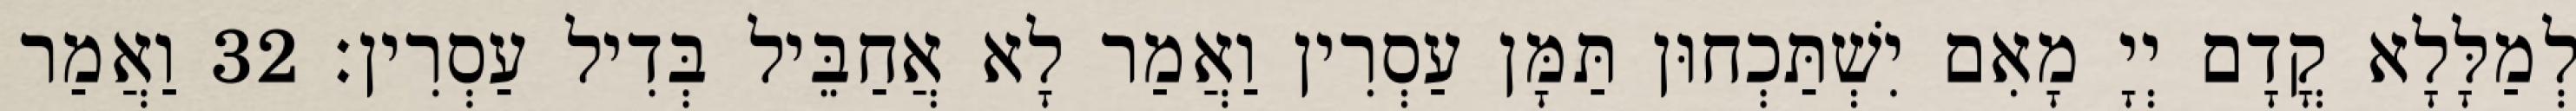
לְמַלָּלָא קֳדָם יְיָ מָאִם יִשְׁתַּכְחוּן תַּמָּן עַסְרִין וַאֲמַר לָא אֲחַבֵּיל בְּדִיל עַסְרִין׃ 32 וַאֲמַר